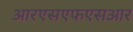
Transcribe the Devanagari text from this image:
आरएसएफएसआर